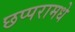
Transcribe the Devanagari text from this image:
छप्परामधे